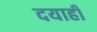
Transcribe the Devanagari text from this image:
दयाही